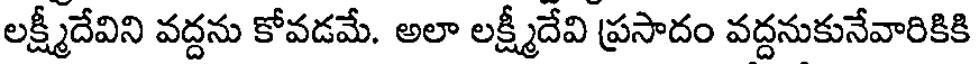
లక్ష్మీదేవిని వద్దను కోవడమే. అలా లక్ష్మీదేవి ప్రసాదం వద్దనుకునేవారికికి